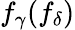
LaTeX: f_{\gamma}(f_{\delta})